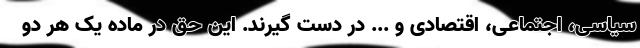
سیاسی، اجتماعی، اقتصادی و ... در دست گیرند. این حق در ماده یک هر دو